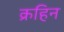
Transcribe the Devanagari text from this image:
क्रहिन